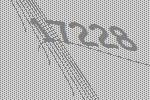
17228